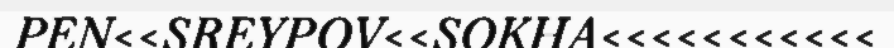
PEN<<SREYPOV<<SOKHA<<<<<<<<<<<